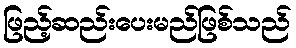
ဖြည့်ဆည်းပေးမည်ဖြစ်သည်